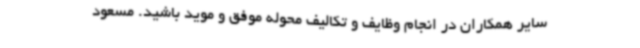
سایر همکاران در انجام وظایف و تکالیف محوله موفق و موید باشید. مسعود